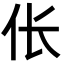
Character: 伥